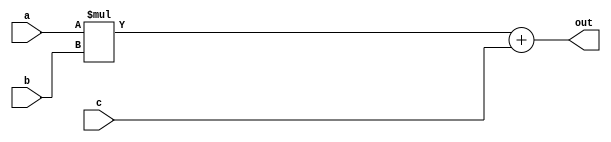
module mac_16(a, b, c, out);

   parameter DATA_WIDTH = 16;
   input [DATA_WIDTH - 1 : 0] a, b, c;
   output [DATA_WIDTH - 1 : 0] out;

   assign out = a * b + c;

endmodule